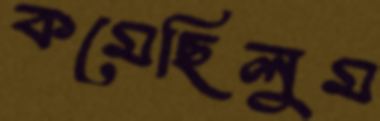
কমেছিলুম